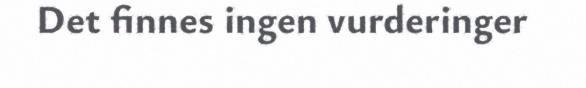
Det finnes ingen vurderinger